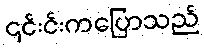
၎င်းင်းကပြောသည်